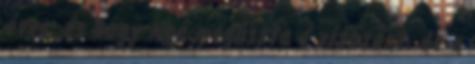
éves, és hogy Noé megúszta a vízözönt, de a